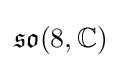
{\mathfrak {so}}(8,\mathbb {C} )